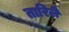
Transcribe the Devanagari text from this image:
तारिले